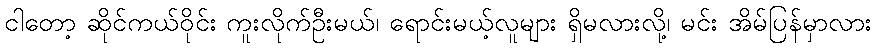
ငါတော့ ဆိုင်ကယ်ဝိုင်း ကူးလိုက်ဦးမယ်၊ ရောင်းမယ့်လူများ ရှိမလားလို့၊ မင်း အိမ်ပြန်မှာလား